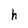
Character: h